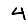
Digit: 4